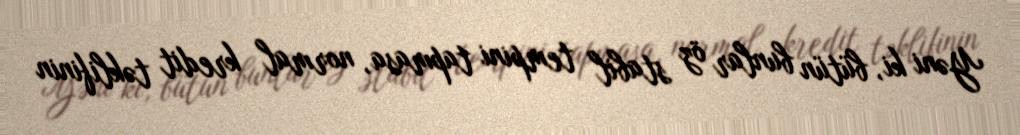
Yəni ki, bütün bunlar öz stabil tempini tapmasa, normal kredit təklifinin